Vaccination United Provinces of Agra and Oudh 1914-1922 - 1914-1922
Year: 1914
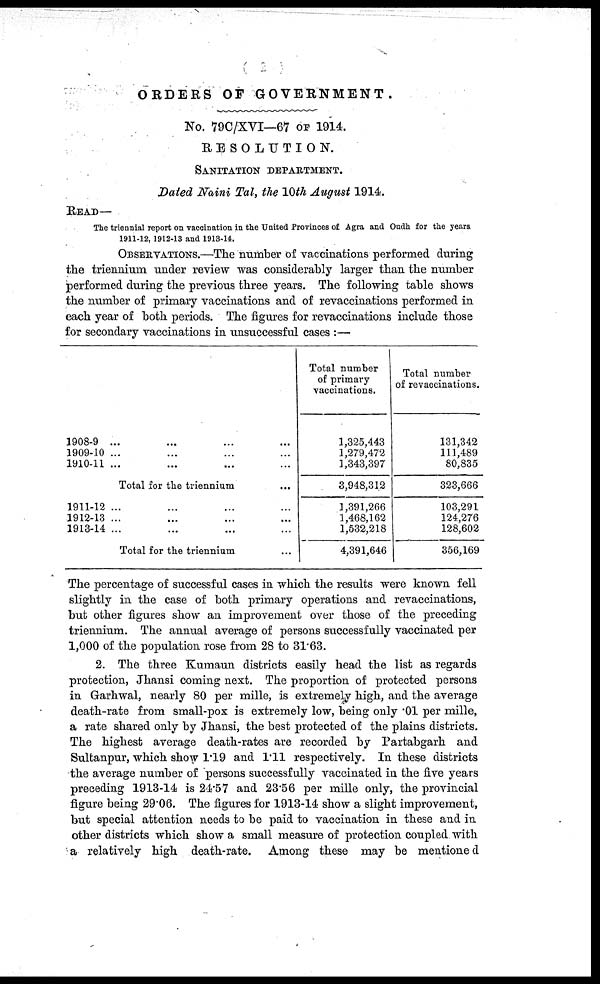
( 2 )
ORDERS OF GOVERNMENT.
No. 79C/XVI—67 OF 1914.
RESOLUTION.
SANITATION DEPARTMENT.
Dated Naini Tal, the 10th August 1914.
READ—
The triennial report on vaccination in the United Provinces of Agra and Oudh for the years
1911-12, 1912-13 and 1913-14.
OBSERVATIONS.—The number of vaccinations performed during
the triennium under review was considerably larger than the number
performed during the previous three years. The following table shows
the number of primary vaccinations and of revaccinations performed in
each year of both periods. The figures for revaccinations include those
for secondary vaccinations in unsuccessful cases :—
1908-9 ... ... ... ...
1909-10 ... ... ... ...
1910-11 ... ... ... ...
Total for the triennium ...
1911-12 ... ... ... ...
1912-13 ... ... ... ...
1913-14 ... ... ... ...
Total for the triennium ...
Total number
of primary
vaccinations.
1,325,443
1,279,472
1,343,397
3,948,31.2
1,391,266
1,468,162
1,532,218
4,391,646
Total number
of revaccinations.
131,342
111,489
80,835
323,666
103,291
124,276
128,602
356,169
The percentage of successful cases in which the results were known fell
slightly in the case of both primary operations and revaccinations,
but other figures show an improvement over those of the preceding
triennium. The annual average of persons successfully vaccinated per
1,000 of the population rose from 28 to 31.63.
2. The three Kumaun districts easily head the list as regards
protection, Jhansi coming next. The proportion of protected persons
in Garhwal, nearly 80 per mille, is extremely high, and the average
death-rate from small-pox is extremely low, being only .01 per mille,
a rate shared only by Jhansi, the best protected of the plains districts.
The highest average death-rates are recorded by Partabgarh and
Sultanpur, which show 1.19 and 1.11 respectively. In these districts
the average number of persons successfully vaccinated in the five years
preceding 1913-14 is 24.57 and 23.56 per mille only, the provincial
figure being 29.06. The figures for 1913-14 show a slight improvement,
but special attention needs to be paid to vaccination in these and in
other districts which show a small measure of protection coupled with
a relatively high death-rate. Among these may be mentioned